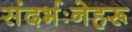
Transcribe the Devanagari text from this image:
संदर्भःनेहरू